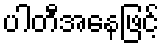
ပါတီအနေဖြင့်